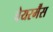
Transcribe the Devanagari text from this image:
चेयरर्मैंस